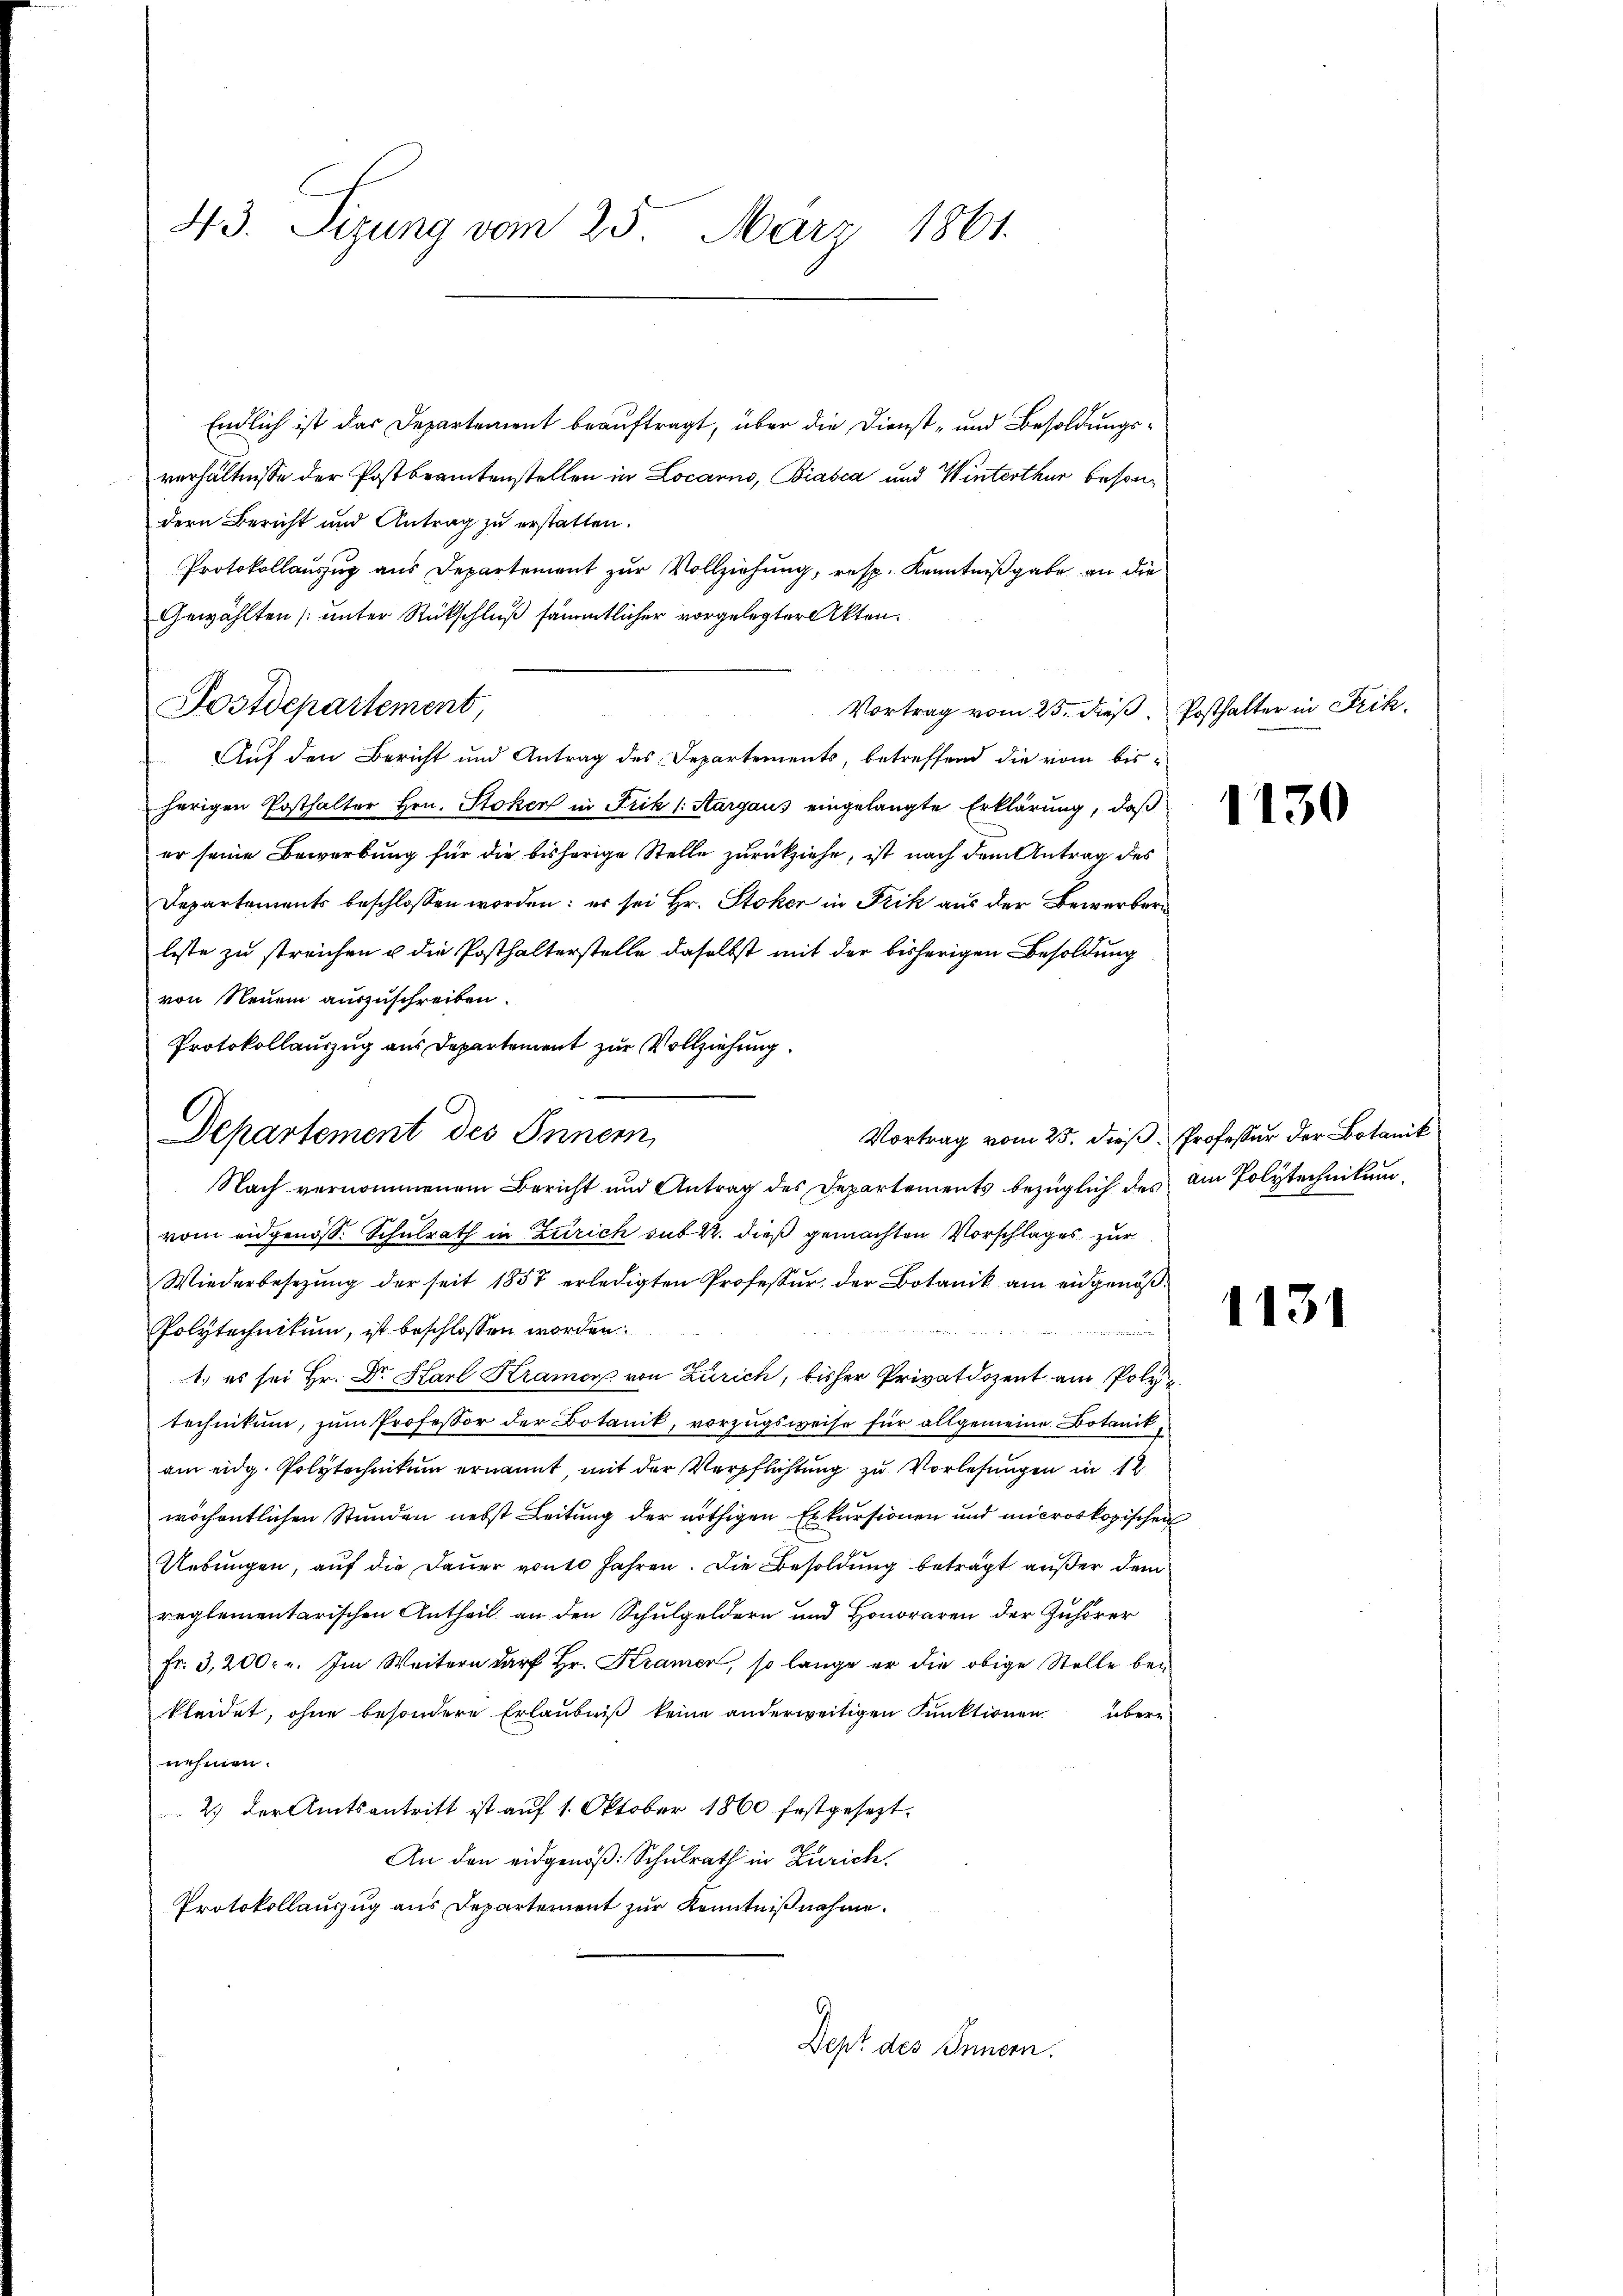
43. Sizung vom 25. März 1861.

Endlich ist das Departement beauftragt, über die Dienst- und Besoldungsverhältnisse der Postbeamtenstellen in Locarno, Biasca und Winterthur besondern Bericht und Antrag zu erstatten.
Protokollauszug aus Departement zur Vollziehung, resp. Kenntnißgabe an die
Gewählten (unter Rückschluß sämmtlicher vorgelegter Akten.
Auf den Bericht und Antrag des Departements, betreffend die vom bisherigen Posthalter Hrn. Stoken in Frik (: Aargaus eingelangte Erklärung, daß
er seine Bewerbung für die bisherige Stelle zurückziehe, ist nach dem Antrag des
Departements beschlossen worden; es sei Hr. Stoker in Frik aus der Bewerber
lste zu streichen & die Posthalterstelle daselbst mit der bisherigen Besoldung
von Neuem auszuschreiben.
Protokollauszug aus Departement zur Vollziehung.
Nach vernommenem Bericht und Antrag des Departements bezüglich des am Polytechnikum,
vom eidgenöss. Schulrath in Zürich sub 22. dieß gemachten Vorschlages zur
Wiederbesetzung der seit 1857 erledigten Professur, der Botanik am eidgenöß¬

Polytechnikum, ist beschlossen worden
in werden der
1.) es sei Hr. Dr. Harl Kramer von Zürich, bisher Privatdozent am Polytechnikum, zum Professor der Botanik, vorzugsweise für allgemeine Botanikam eidg. Polytechnikum ernannt mit der Verpflichtung zu Vorlesungen in 12
wöchentlichen Stunden nebst Leitung der nöthigen Exkursionen und mikroskopischen
Uebungen, auf die Dauer von 10 Jahren. Die Besoldung beträgt außer dem
reglementarischen Antheil an den Schulgeldern und Honoraren der Zuhörer
Fr. 3,200. r. Im Weitern darf Hr. Kramer, so lange er die obige Stelle bekleidet, ohne besondere Erlaubniß keine anderweitigen Punktionen übere
nehmen.
2.) der Amtsantritt ist auf 1. Oktober 1860 festgesezt.
An den eidgenoß: Schulrath in Zürich.
Protokollauszug aus Departement zur Kenntnißnahme.
Dept des Innern.

Postdepartement,

Departement des Innern,

Vortrag vom 25. dieß, Posthalter in Frik

1130

Vortrag vom 25. dieß Professur der Botanik

1131